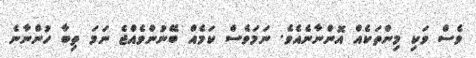
ވެސް ވަކި މިންތަކެއް އޮންނާނެއެވެ. ނަމަވެސް ކަމެއް ބޭނުންވެއްޖެ ނަމަ ތިބާ ހުންނާނެ